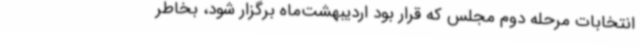
انتخابات مرحله دوم مجلس که قرار بود اردیبهشت‌ماه برگزار شود، بخاطر